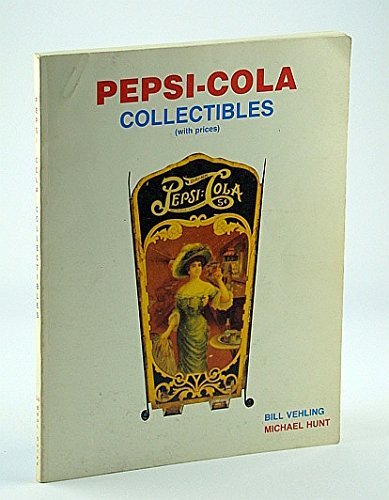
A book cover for Pepsi Cola Collectibles, Vol. 1; Bill Vehling; Crafts, Hobbies & Home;